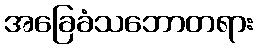
အခြေခံသဘောတရား